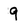
Character: 9